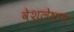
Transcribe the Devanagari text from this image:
वेश्लेषण